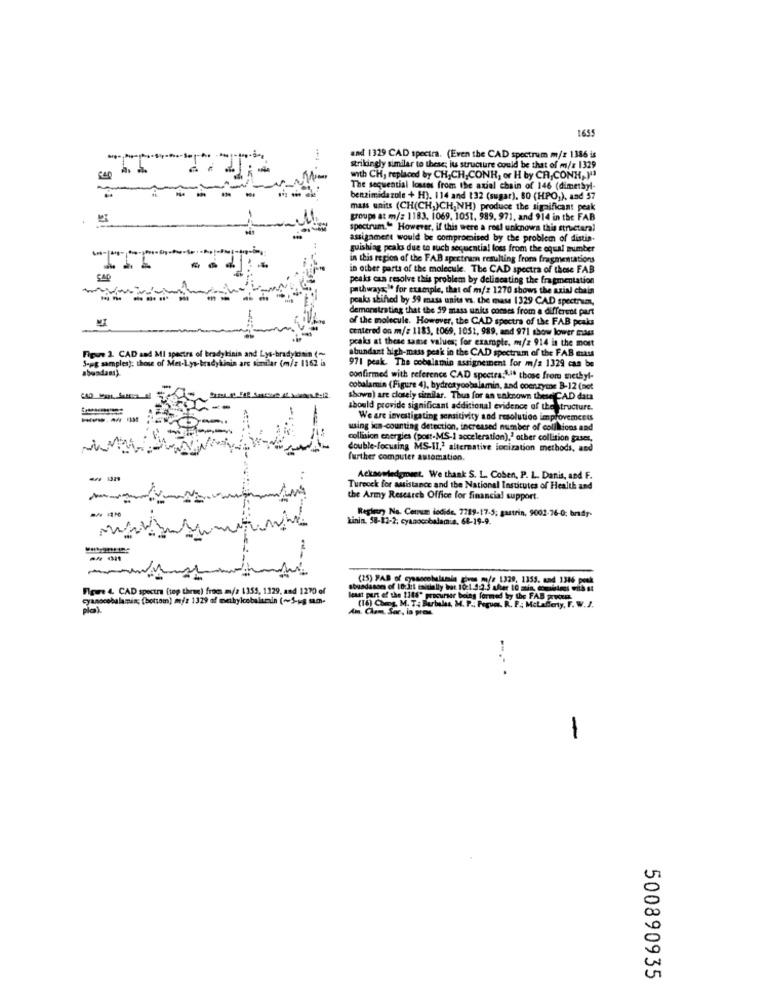
1655
and 1329 CAD spectra. (Even the CAD spectrum m/z 1386 is
4. 1.
strikingly similar to these; jus structure could be that of m/z 1329
with CH, replaced by CH,CH,CONH, or H by CH, CONHAJI3
The sequential losses from the axial chain of 146 (dimethyl-
benzimidazole + H). 114 and 132 (sugar), 80 (HPO,), and 57
mass units (CH(CH,)CH, NH) produce the significant peak
groupe at m/: 1183, 1069, 1051. 989, 971, and 914 in the FAB
spectrum." However, if this were a rosl unknown this structural
assignmert would be compromised by the problem of distin-
guishing pcals due to such sequential loss from the oqual mumber
in this region of the FAB spectrum resulting from fragmentations
in other parts of the molecule. The CAD spectra of these FAB
peaks cas resolve this problem by delineating the fragmentation
pathways" for example, that of m/: 1270 shows the axial chain
peaks shifted by 59 mass units vs. the mass 1329 CAD spectrum,
demonstrating that the 59 mass units comes from a different part
of the molecule. However, the CAD spectra of the FAB peaks
centered on m/: 1183, t069, 1051, 989, and 971 show lower maus
praks at these same values; for example. m/z 914 in the most
Figure 2. CAD and MI spectra of bradykinin and Lys-bradytosin (-
abundant high-mass peak in the CAD spectrum of the FAB mass
S-pg samples); those of Met-Lys-bradykinin arc similar (m): 1162 ia
971 peak. The cobalamin assignement for m/s 1329 can be
abundant).
confirmed with reference CAD spectra:1.4ª those from methyl-
cobalamin (Figure 4), bydrotycobalamin, and coenzyme B-12 (not
shown) are closely similar. Thus for an unknown these CAD data
should provide significant additional evidence of the structure.
We are investigating sensitivity and resolution improvements
wsing ics-counting detection, increased number of colilions and
collision energies (post-MS-1 acceleration)," other collision gases,
double-focusing MS-II,2 alternative ionization methods, and
further computer automation.
--
Acknowledgment. We thank S. L. Coben, P. L. Danis, and F.
Turecek for assistance and the National Institutes of Health and
the Army Research Office for financial support.
Linin. 58-12-2; cyanocobalamin. 68-19-9.
Regler Na. Cenuum iodide, 7789-17-5; gastrin, 9002-76-0; brady-
-
(25) FAB of gosocebulamala gives m/e 1329, 1355.
Flaue 4. CAD spectra (top three) froes m/a 1355, 1329, and 1270 of
bundanom of 10 1:1 taitially Wat 10:1.3:3.3 aler 10
cyanocobalamin; (bottom) miz 1329 af methylcobalamin (~5-ig mm-
Am, Cham, Sar, in pres
(16) Cheng, M. T .: Barbales, M. P .; Peques. R. P .: M
--...
500890935